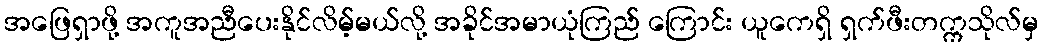
အဖြေရှာဖို့ အကူအညီပေးနိုင်လိမ့်မယ်လို့ အခိုင်အမာယုံကြည် ကြောင်း ယူကေရှိ ရှက်ဖီးတက္ကသိုလ်မှ